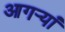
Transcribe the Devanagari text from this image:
आगऱ्यां